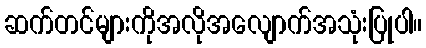
ဆက်တင်များကိုအလိုအလျောက်အသုံးပြုပါ။